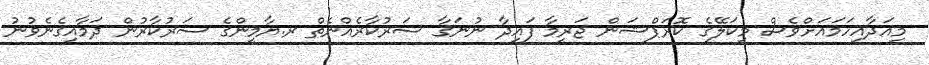
މިއަދާއިހަމައަށްވެސް މިކަލޭގެ ކޮރަޕްޝަން ޖަރީމާ ފައިދާ ނުނަގާ ސަރުކާރެއްނެތް ރ.ޔާމީންގެ ސަރުކާރުން ދަމާއިގެނެވުނު